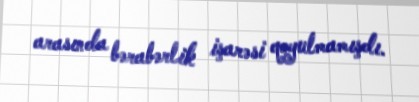
arasında bərabərlik işarəsi qoyulmamışdı.